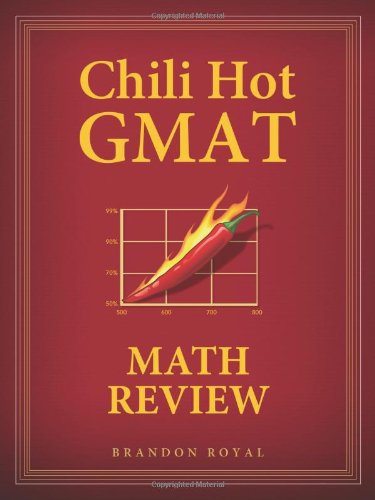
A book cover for Chili Hot GMAT Math Review; Brandon Royal; Test Preparation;